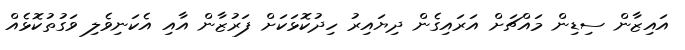
އައިޒާން ސިޑިން މައްޗަށް އަރައިގެން ދިޔައިރު ހިދުކޮޅަކަށް ފަރުޒާން އާއި އެކަނިވެލި ވަގުތުކޮޅެއް